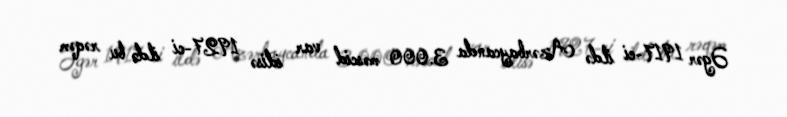
Əgər 1917-ci ildə Azərbaycanda 3.000 məscid var idisə 1927-ci ildə bu rəqəm